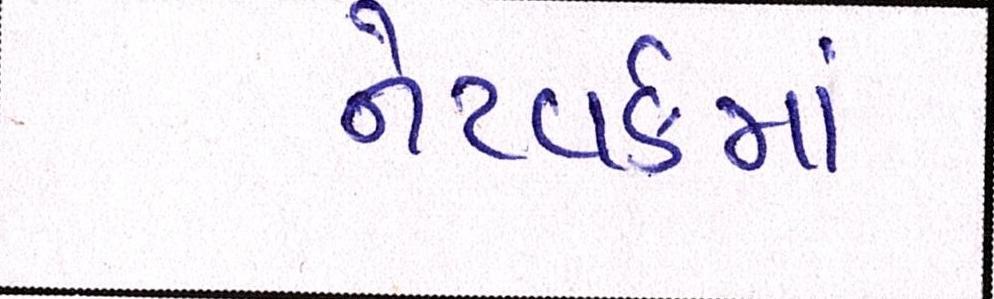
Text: નેટવર્કમાં